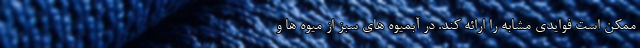
ممکن است فوایدی مشابه را ارائه کند. در آبمیوه های سبز از میوه ها و